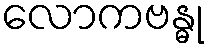
လောကဗန္ဓု